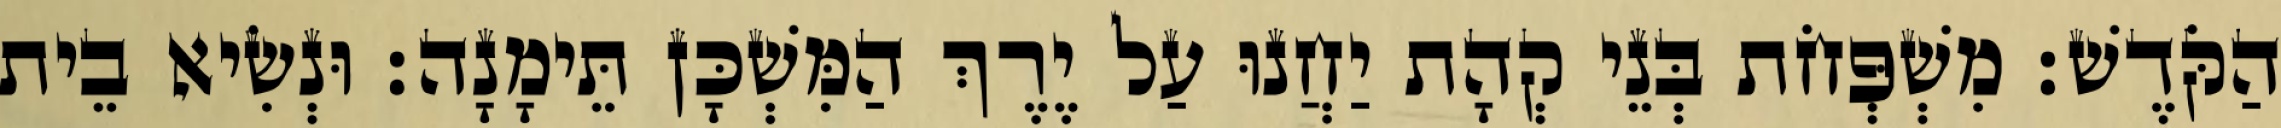
הַקֹּדֶשׁ׃ מִשְׁפְּחֹת בְּנֵי קְהָת יַחֲנוּ עַל יֶרֶךְ הַמִּשְׁכָּן תֵּימָנָה׃ וּנְשִׂיא בֵית